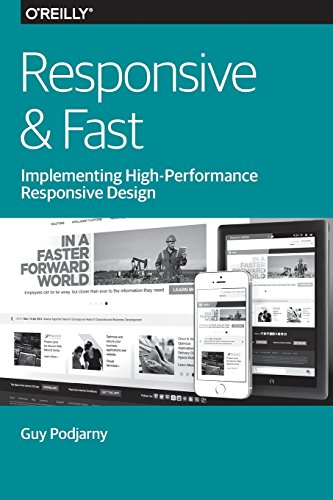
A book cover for Responsive & Fast: Implementing High-Performance Responsive Design; Guy Podjarny; Computers & Technology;